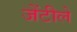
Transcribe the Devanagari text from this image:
जेंटीले